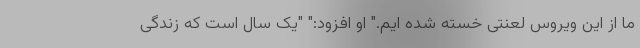
ما از این ویروس لعنتی خسته شده ایم." او افزود:" "یک سال است که زندگی